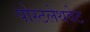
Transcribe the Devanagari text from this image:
पोस्टलेथवेट